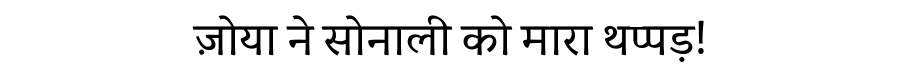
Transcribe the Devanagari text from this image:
ज़ोया ने सोनाली को मारा थप्पड़!